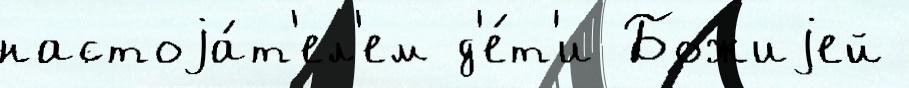
настоjа́т'ел'ем д'е́т'и Божиjей